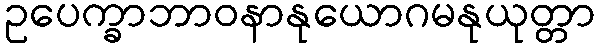
ဥပေက္ခာဘာဝနာနုယောဂမနုယုတ္တာ